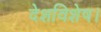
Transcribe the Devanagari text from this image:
देशविशेष।